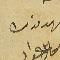
شهد بذلك مخايل عواذ